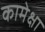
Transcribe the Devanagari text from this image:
कामेक्षा